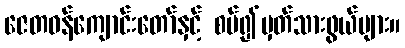
ဇေတဝန်ကျောင်းတော်နှင့် စပ်၍မှတ်သားဖွယ်များ။